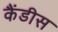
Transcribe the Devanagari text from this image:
कैंडीस